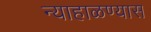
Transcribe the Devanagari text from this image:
न्याहाळण्यास